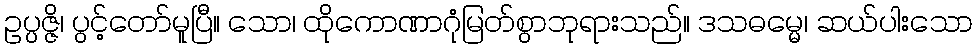
ဥပ္ပဇ္ဇိ၊ ပွင့်တော်မူပြီ။ သော၊ ထိုကောဏာဂုံမြတ်စွာဘုရားသည်။ ဒသဓမ္မေ၊ ဆယ်ပါးသော